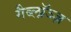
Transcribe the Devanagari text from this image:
गैब्लॉञ्ज़